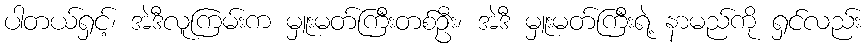
ပါတယ်ရှင့်၊ အဲဒီလူကြမ်းက မှူးမတ်ကြီးတစ်ဦး၊ အဲဒီ မှူးမတ်ကြီးရဲ့ နာမည်ကို ရှင်လည်း